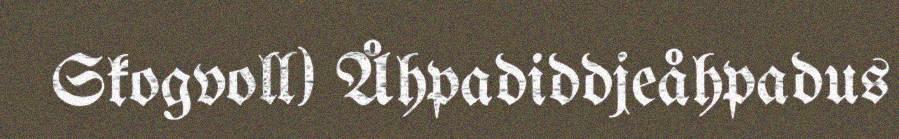
Skogvoll) Åhpadiddjeåhpadus